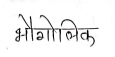
मजकूर: भौगोलिक